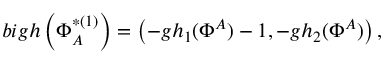
b i g h \left( \Phi _ { A } ^ { * ( 1 ) } \right) = \left( - g h _ { 1 } ( \Phi ^ { A } ) - 1 , - g h _ { 2 } ( \Phi ^ { A } ) \right) ,